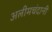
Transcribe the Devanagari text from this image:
अलीमचंदानी